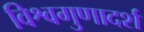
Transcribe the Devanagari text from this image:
विश्वगुणादर्श